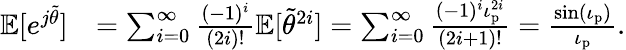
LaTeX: \begin{array}{rl}{\mathbb{E}[e^{j\tilde{\theta}}]}&{=\sum_{i=0}^{\infty}\frac{(-1)^{i}}{(2i)!}\mathbb{E}[\tilde{\theta}^{2i}]=\sum_{i=0}^{\infty}\frac{(-1)^{i}\iota_{\mathrm{p}}^{2i}}{(2i+1)!}=\frac{\sin(\iota_{\mathrm{p}})}{\iota_{\mathrm{p}}}.}\end{array}